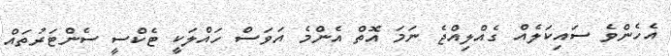
އެހެންވެ ސައިކަލެއް ގެއްލިއްޖެ ނަމަ އޮތް އެންމެ އަވަސް ހައްލަކީ ޓެކްސީ ސެންޓަރުތައް